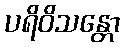
ပရိဝိသန္တော